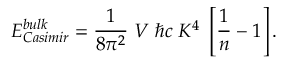
E _ { \small C a s i m i r } ^ { \small b u l k } = { \frac { 1 } { 8 \pi ^ { 2 } } } \; V \; \hbar c \; K ^ { 4 } \; \left[ { \frac { 1 } { n } } - 1 \right] .